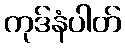
ကုဒ်နံပါတ်